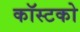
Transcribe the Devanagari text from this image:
कॉस्टको